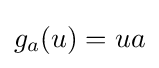
g_{a}(u)=ua